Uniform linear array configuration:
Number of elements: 32
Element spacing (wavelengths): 0.5
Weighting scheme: kaiser
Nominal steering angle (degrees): -45
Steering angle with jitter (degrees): -46.521
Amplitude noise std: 0.05
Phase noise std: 0.05

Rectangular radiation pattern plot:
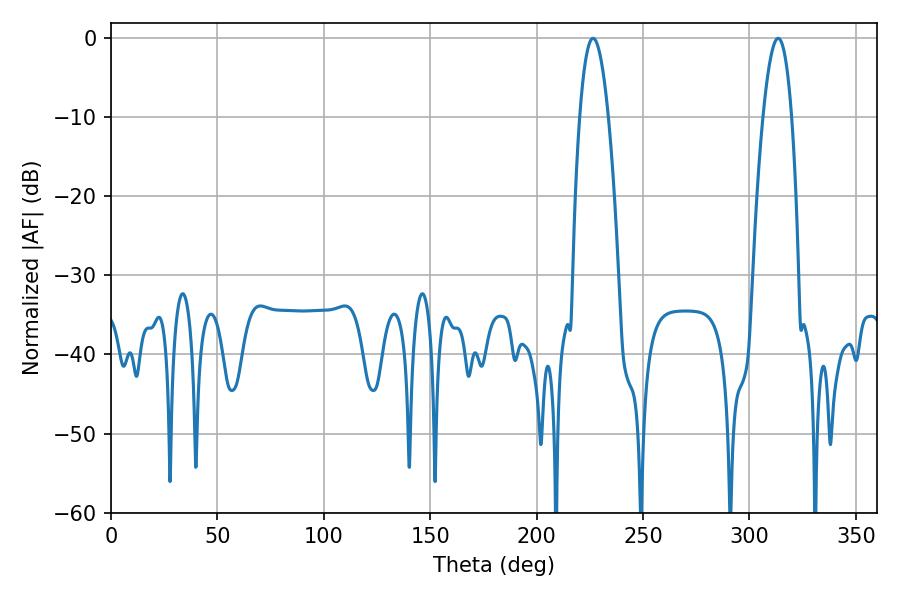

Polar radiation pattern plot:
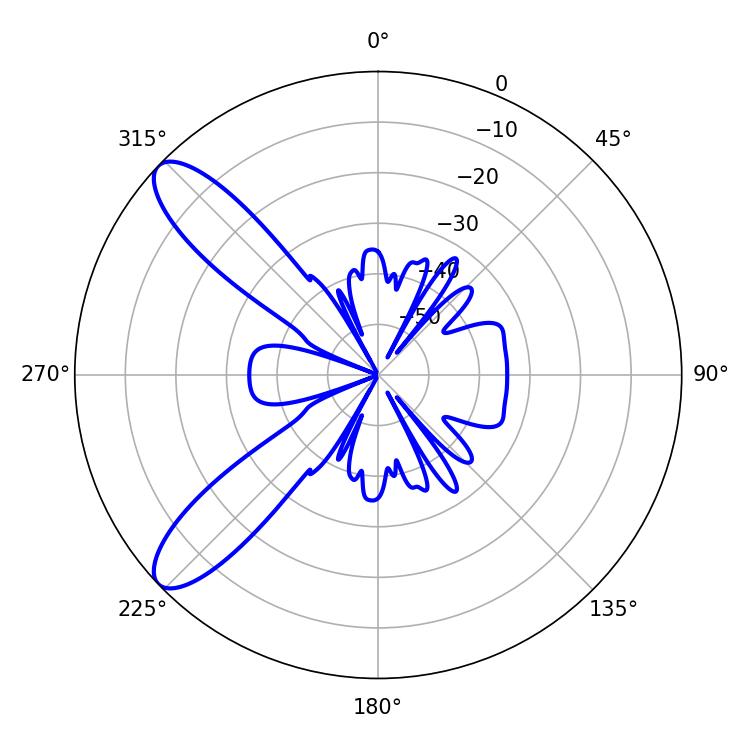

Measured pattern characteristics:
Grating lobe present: FALSE
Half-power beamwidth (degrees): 7.38
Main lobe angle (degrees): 226.44